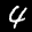
Label: 4